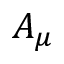
A _ { \mu }